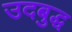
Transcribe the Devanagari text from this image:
उदबुद्ध